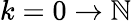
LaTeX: k=0\to\mathbb{N}